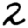
Digit: 2